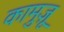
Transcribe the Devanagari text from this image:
कामुज़ू